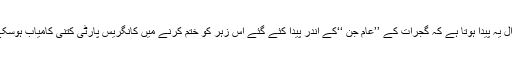
اب سوال یہ پیدا ہوتا ہے کہ گجرات کے ’’عام جن ‘‘کے اندر پیدا کئے گئے اس زہر کو ختم کرنے میں کانگریس پارٹی کتنی کامیاب ہوسکے گی۔